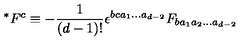
^ { * } F ^ { c } \equiv - \frac { 1 } { ( d - 1 ) ! } \epsilon ^ { b c a _ { 1 } \ldots a _ { d - 2 } } F _ { b a _ { 1 } a _ { 2 } \ldots a _ { d - 2 } } \nonumber